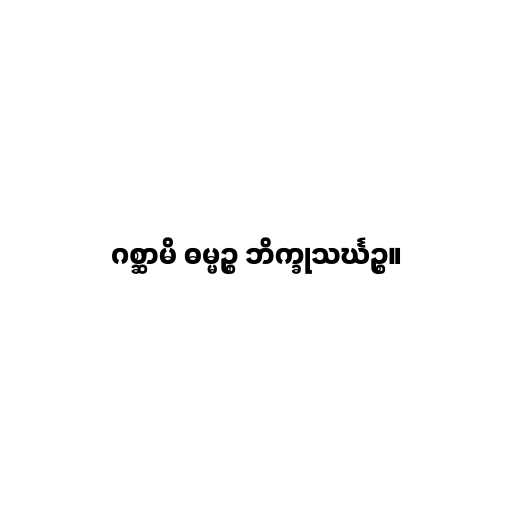
ဂစ္ဆာမိ ဓမ္မဉ္စ ဘိက္ခုသင်္ဃဉ္စ။